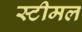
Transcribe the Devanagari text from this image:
स्टीमल